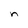
Character: n